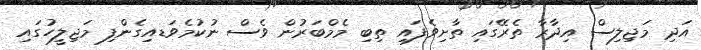
އަދި މަޖިލިސް އިދާރާ ތެރޭގައި ތާށިވެފައި ތިބި މެމްބަރުން ވެސް ނުކުމެވަޑއިގެންފި މަޖިލީހުގައި